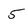
Character: 5